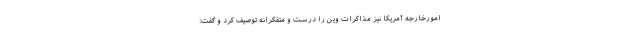
امورخارجه آمریکا نیز مذاکرات وین را درست و متفکرانه توصیف کرد و گفت: